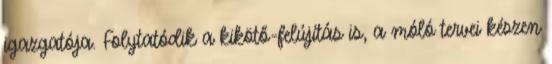
igazgatója. Folytatódik a kikötő-felújítás is, a móló tervei készen